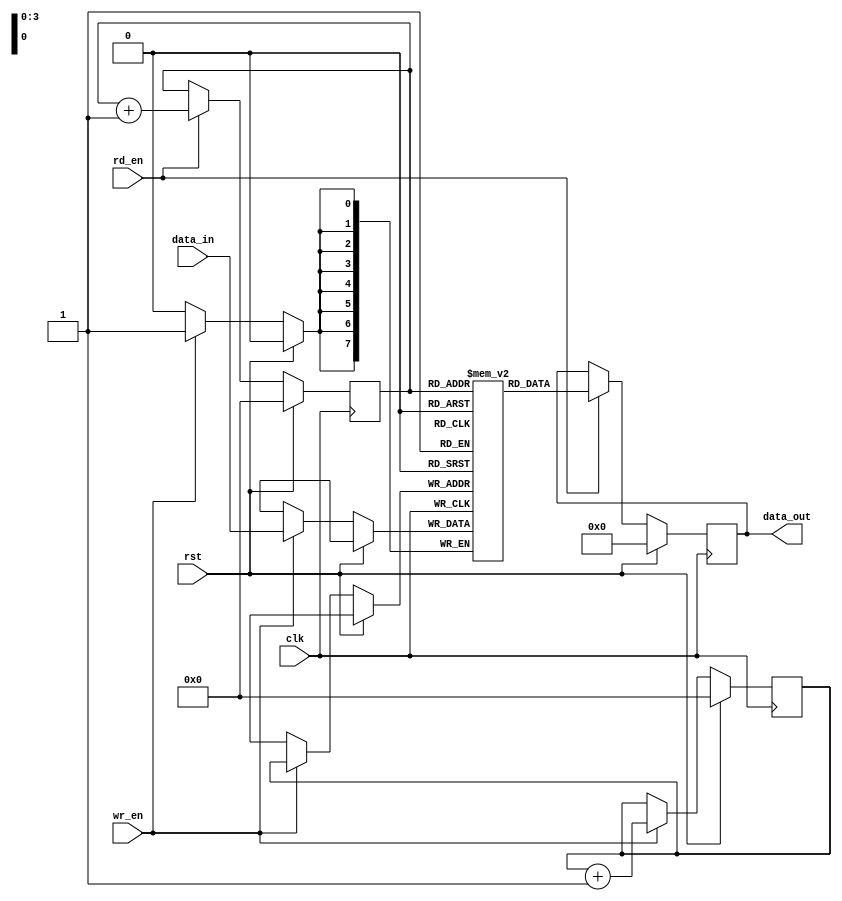
module gray_fifo (
    input wire clk,
    input wire rst,
    input wire wr_en,
    input wire rd_en,
    input wire [7:0] data_in,
    output reg [7:0] data_out
);

parameter WIDTH = 8;
parameter DEPTH = 16;

reg [7:0] memory [0:DEPTH-1];
reg [3:0] write_ptr = 4'b0000;
reg [3:0] read_ptr = 4'b0000;

always @(posedge clk) begin
    if (rst) begin
        write_ptr <= 4'b0000;
        read_ptr <= 4'b0000;
        data_out <= 8'b00000000;
    end else begin
        if (wr_en) begin
            memory[write_ptr] <= data_in;
            write_ptr <= write_ptr + 1;
        end
        if (rd_en) begin
            data_out <= memory[read_ptr];
            read_ptr <= read_ptr + 1;
        end
    end
end

endmodule